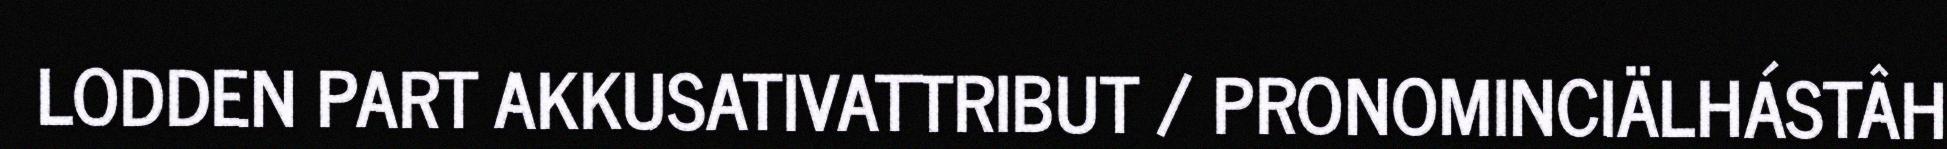
LODDEN PART AKKUSATIVATTRIBUT / PRONOMINCIÄLHÁSTÂH